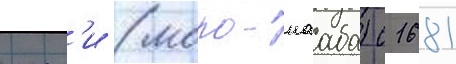
мос'и (моро-нааба) с 1681